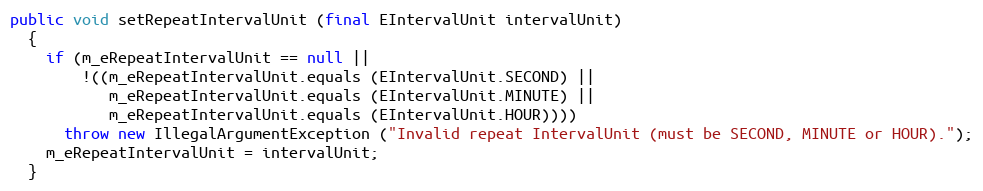
Language: Java
public void setRepeatIntervalUnit (final EIntervalUnit intervalUnit)
  {
    if (m_eRepeatIntervalUnit == null ||
        !((m_eRepeatIntervalUnit.equals (EIntervalUnit.SECOND) ||
           m_eRepeatIntervalUnit.equals (EIntervalUnit.MINUTE) ||
           m_eRepeatIntervalUnit.equals (EIntervalUnit.HOUR))))
      throw new IllegalArgumentException ("Invalid repeat IntervalUnit (must be SECOND, MINUTE or HOUR).");
    m_eRepeatIntervalUnit = intervalUnit;
  }